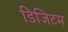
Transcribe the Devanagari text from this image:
डिजिटम